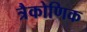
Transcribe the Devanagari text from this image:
त्रैकोणिक